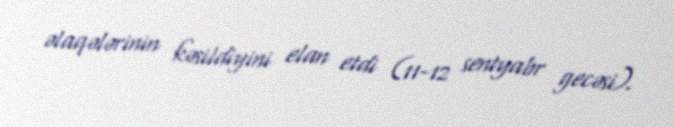
əlaqələrinin kəsildiyini elan etdi (11-12 sentyabr gecəsi).